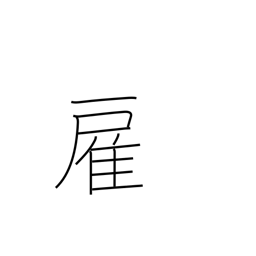
Meaning: hire